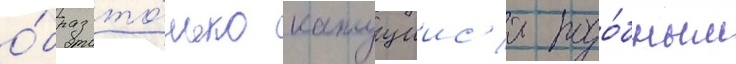
о́браз то́лько кажущиис'я подо́бным